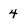
Character: 4